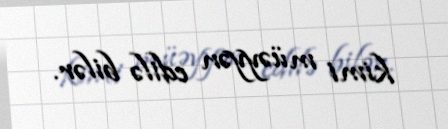
kimi müəyyən edilə bilər.